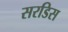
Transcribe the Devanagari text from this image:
सरडिस